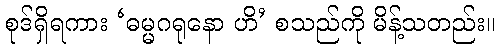
စုဒ်ရှိရကား ‘ဓမ္မဂရုနော ဟိ’ စသည်ကို မိန့်သတည်း။